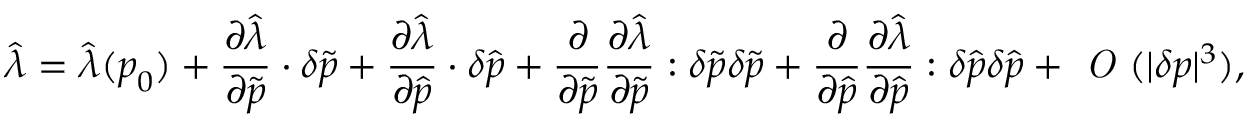
\widehat { \lambda } = \widehat { \lambda } ( \boldsymbol { p } _ { 0 } ) + \frac { \partial \widehat { \lambda } } { \partial \widetilde { \boldsymbol { p } } } \cdot \delta \widetilde { \boldsymbol { p } } + \frac { \partial \widehat { \lambda } } { \partial \widehat { \boldsymbol { p } } } \cdot \delta \widehat { \boldsymbol { p } } + \frac { \partial } { { \partial \widetilde { \boldsymbol { p } } } } \frac { \partial \widehat { \lambda } } { \partial \widetilde { \boldsymbol { p } } } \boldsymbol { : } \delta \widetilde { \boldsymbol { p } } \delta \widetilde { \boldsymbol { p } } + \frac { \partial } { { \partial \widehat { \boldsymbol { p } } } } \frac { \partial \widehat { \lambda } } { \partial \widehat { \boldsymbol { p } } } \boldsymbol { : } \delta \widehat { \boldsymbol { p } } \delta \widehat { \boldsymbol { p } } + \textit { O } ( | \delta \boldsymbol { p } | ^ { 3 } ) ,